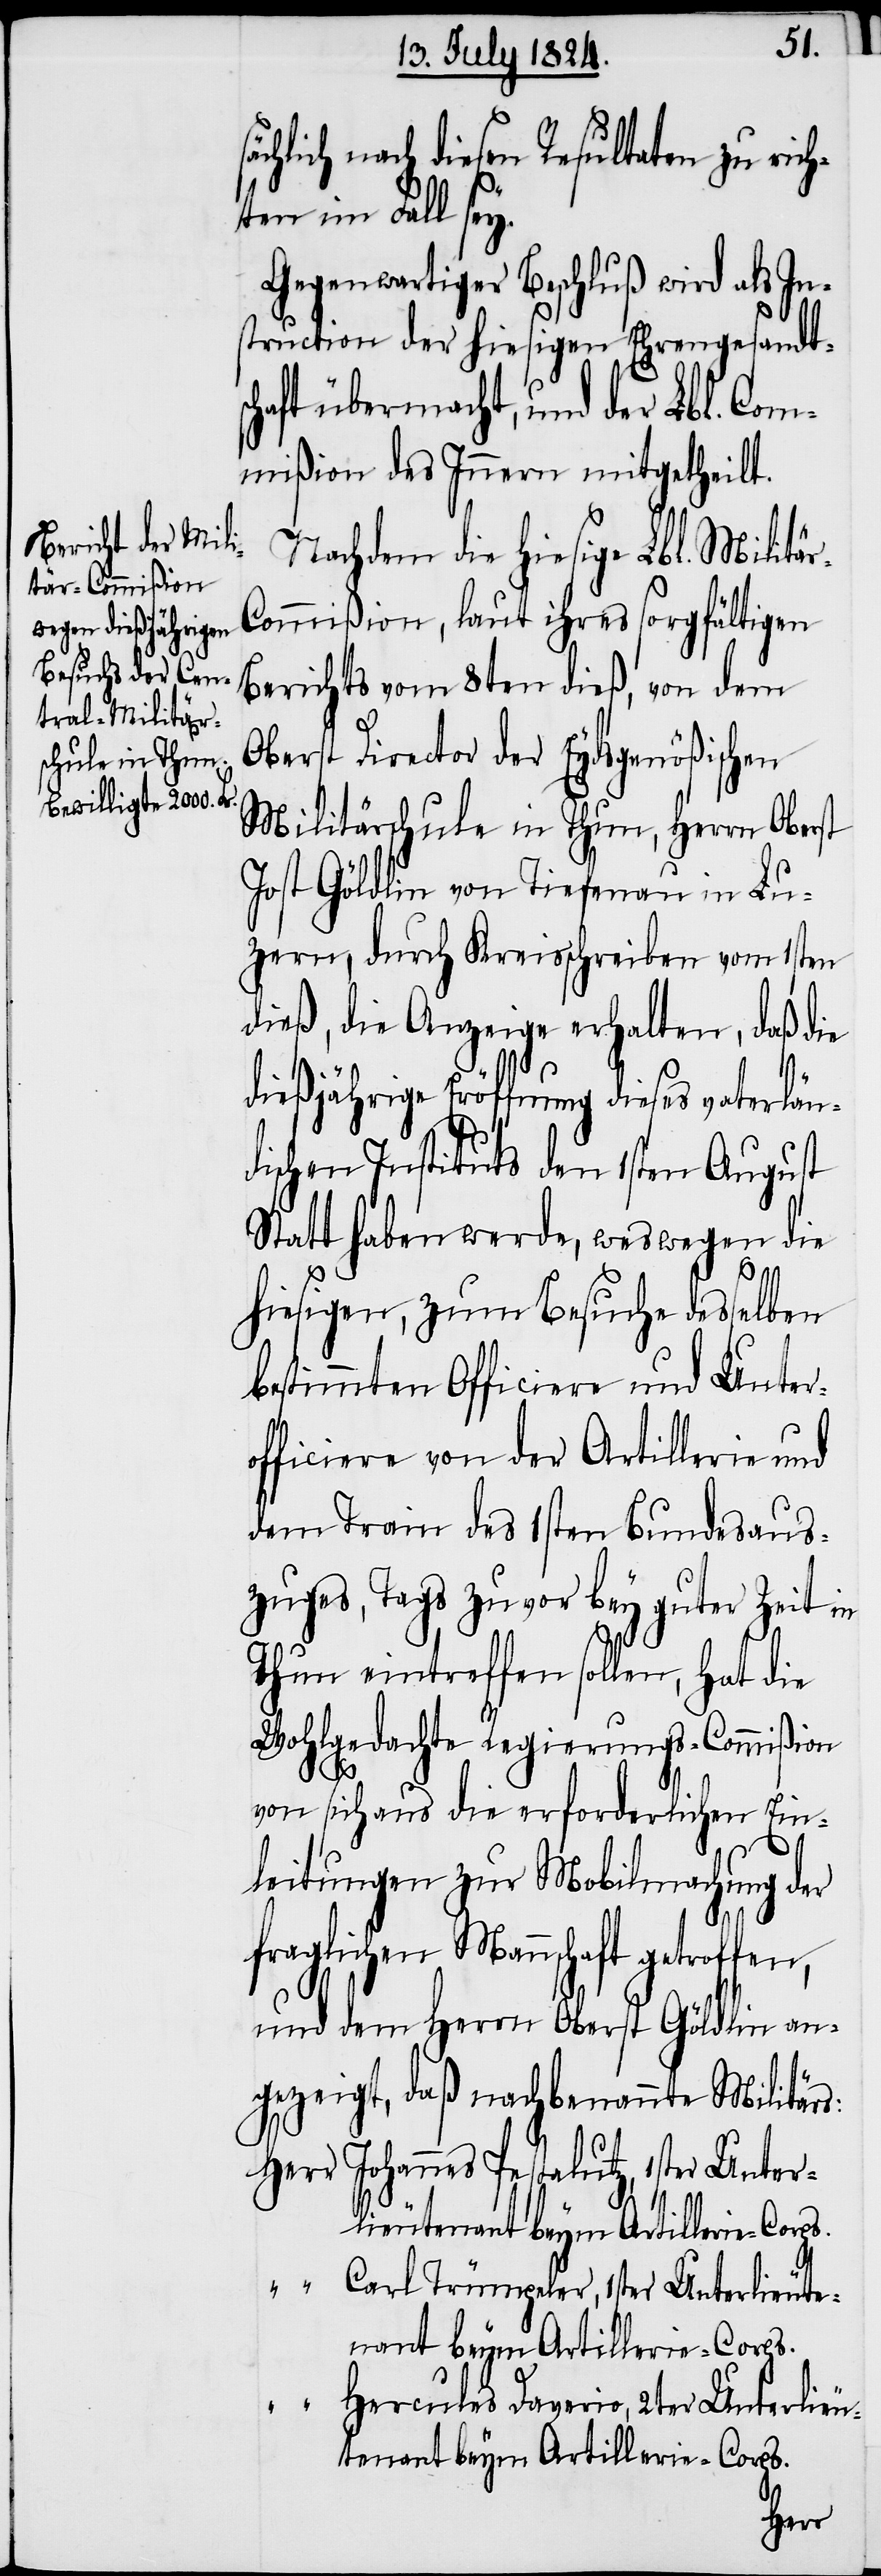
ätzlich nach diesen Resultaten zu err¬
ten im Fall sey.
Gegenwärtiger Beschluß wird als In¬
struction der hiesigen Ehrengesandts¬
chaft übermacht, und der Lbl. Com¬
mißion des Innern mitgetheilt.
Nachdem die hiesige Lbl. Militä¬
ommißion, laut ihres sorgfältigen
Berichts vom 8ten dieß, von dem
Oberst Director der Eydsgenößischen
Militärschule in Thun, Herrn Oberst
Jost Göldin von Tiefenau in Lu¬
zern, durch Kreisschreiben vom 1sten
dieß, die Anzeige erhalten, daß die
dießjährige Eröffnung dieses vater¬
dischen Instituts den 1sten August
Statt haben werde, weswegen die
“
hiesigen, zum Besuche desselben
bestimmten Officiere und Unter¬
officiere von der Artillerie und
dem Train des 1sten Bundesaus¬
zuges, Tags zuvor bey guter Zeit in
Thun eintreffen sollen, hat die
Wohlgedachte Regierungs-Commißion
von sich aus die erforderlichen Ein¬
leitungen zur Mobilmachung der
fraglichen Mannschaft getroffen,
r-C¬
und dem Herrn Oberst Göldin an¬
gezeigt, daß nachbenannte Militärs:
Herr Johannes Pestalutz, 1ster Unter¬
Carl Trümpeler, 1ster Unterlieute¬
nant beym Artillerie-Corps.
Hercules Daverio, 2ter Unterlieu¬
tenant beym Artillerie-Corps.
lieu¬